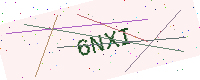
Text: 6NXI